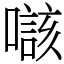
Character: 𡀲